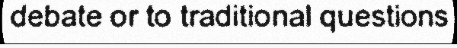
debate or to traditional questions